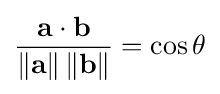
{\frac {\mathbf {a} \cdot \mathbf {b} }{\left\|\mathbf {a} \right\|\left\|\mathbf {b} \right\|}}=\cos \theta